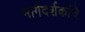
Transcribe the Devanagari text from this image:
मार्गदर्शकांचे